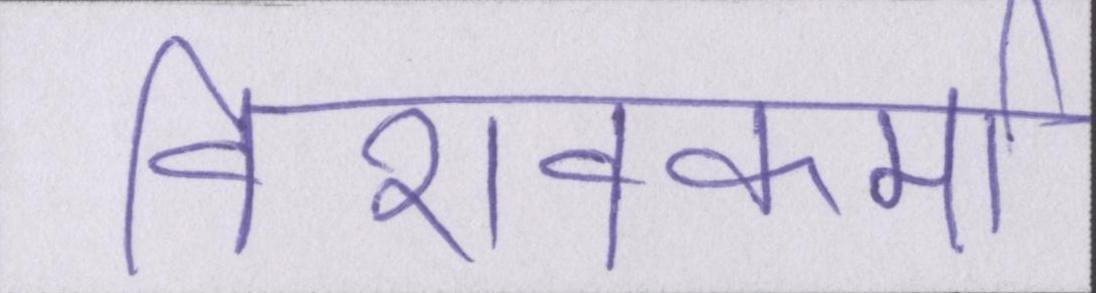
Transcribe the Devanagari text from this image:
विशवकर्मा